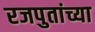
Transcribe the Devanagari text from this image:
रजपुतांच्या